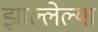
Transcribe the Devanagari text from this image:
झाल्लेल्या